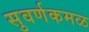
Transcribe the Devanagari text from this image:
सुवर्णकमळ